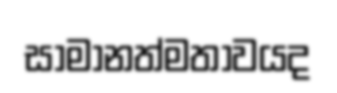
සාමානත්මතාවයද